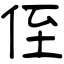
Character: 侄